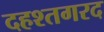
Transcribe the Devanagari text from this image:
दहश्तगरद